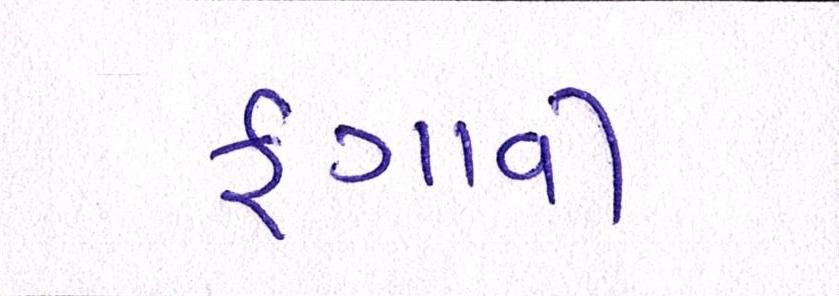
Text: ફગાવી